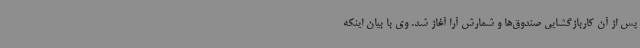
پس از آن کاربازگشایی صندوق‌ها و شمارش آرا آغاز شد. وی با بیان اینکه